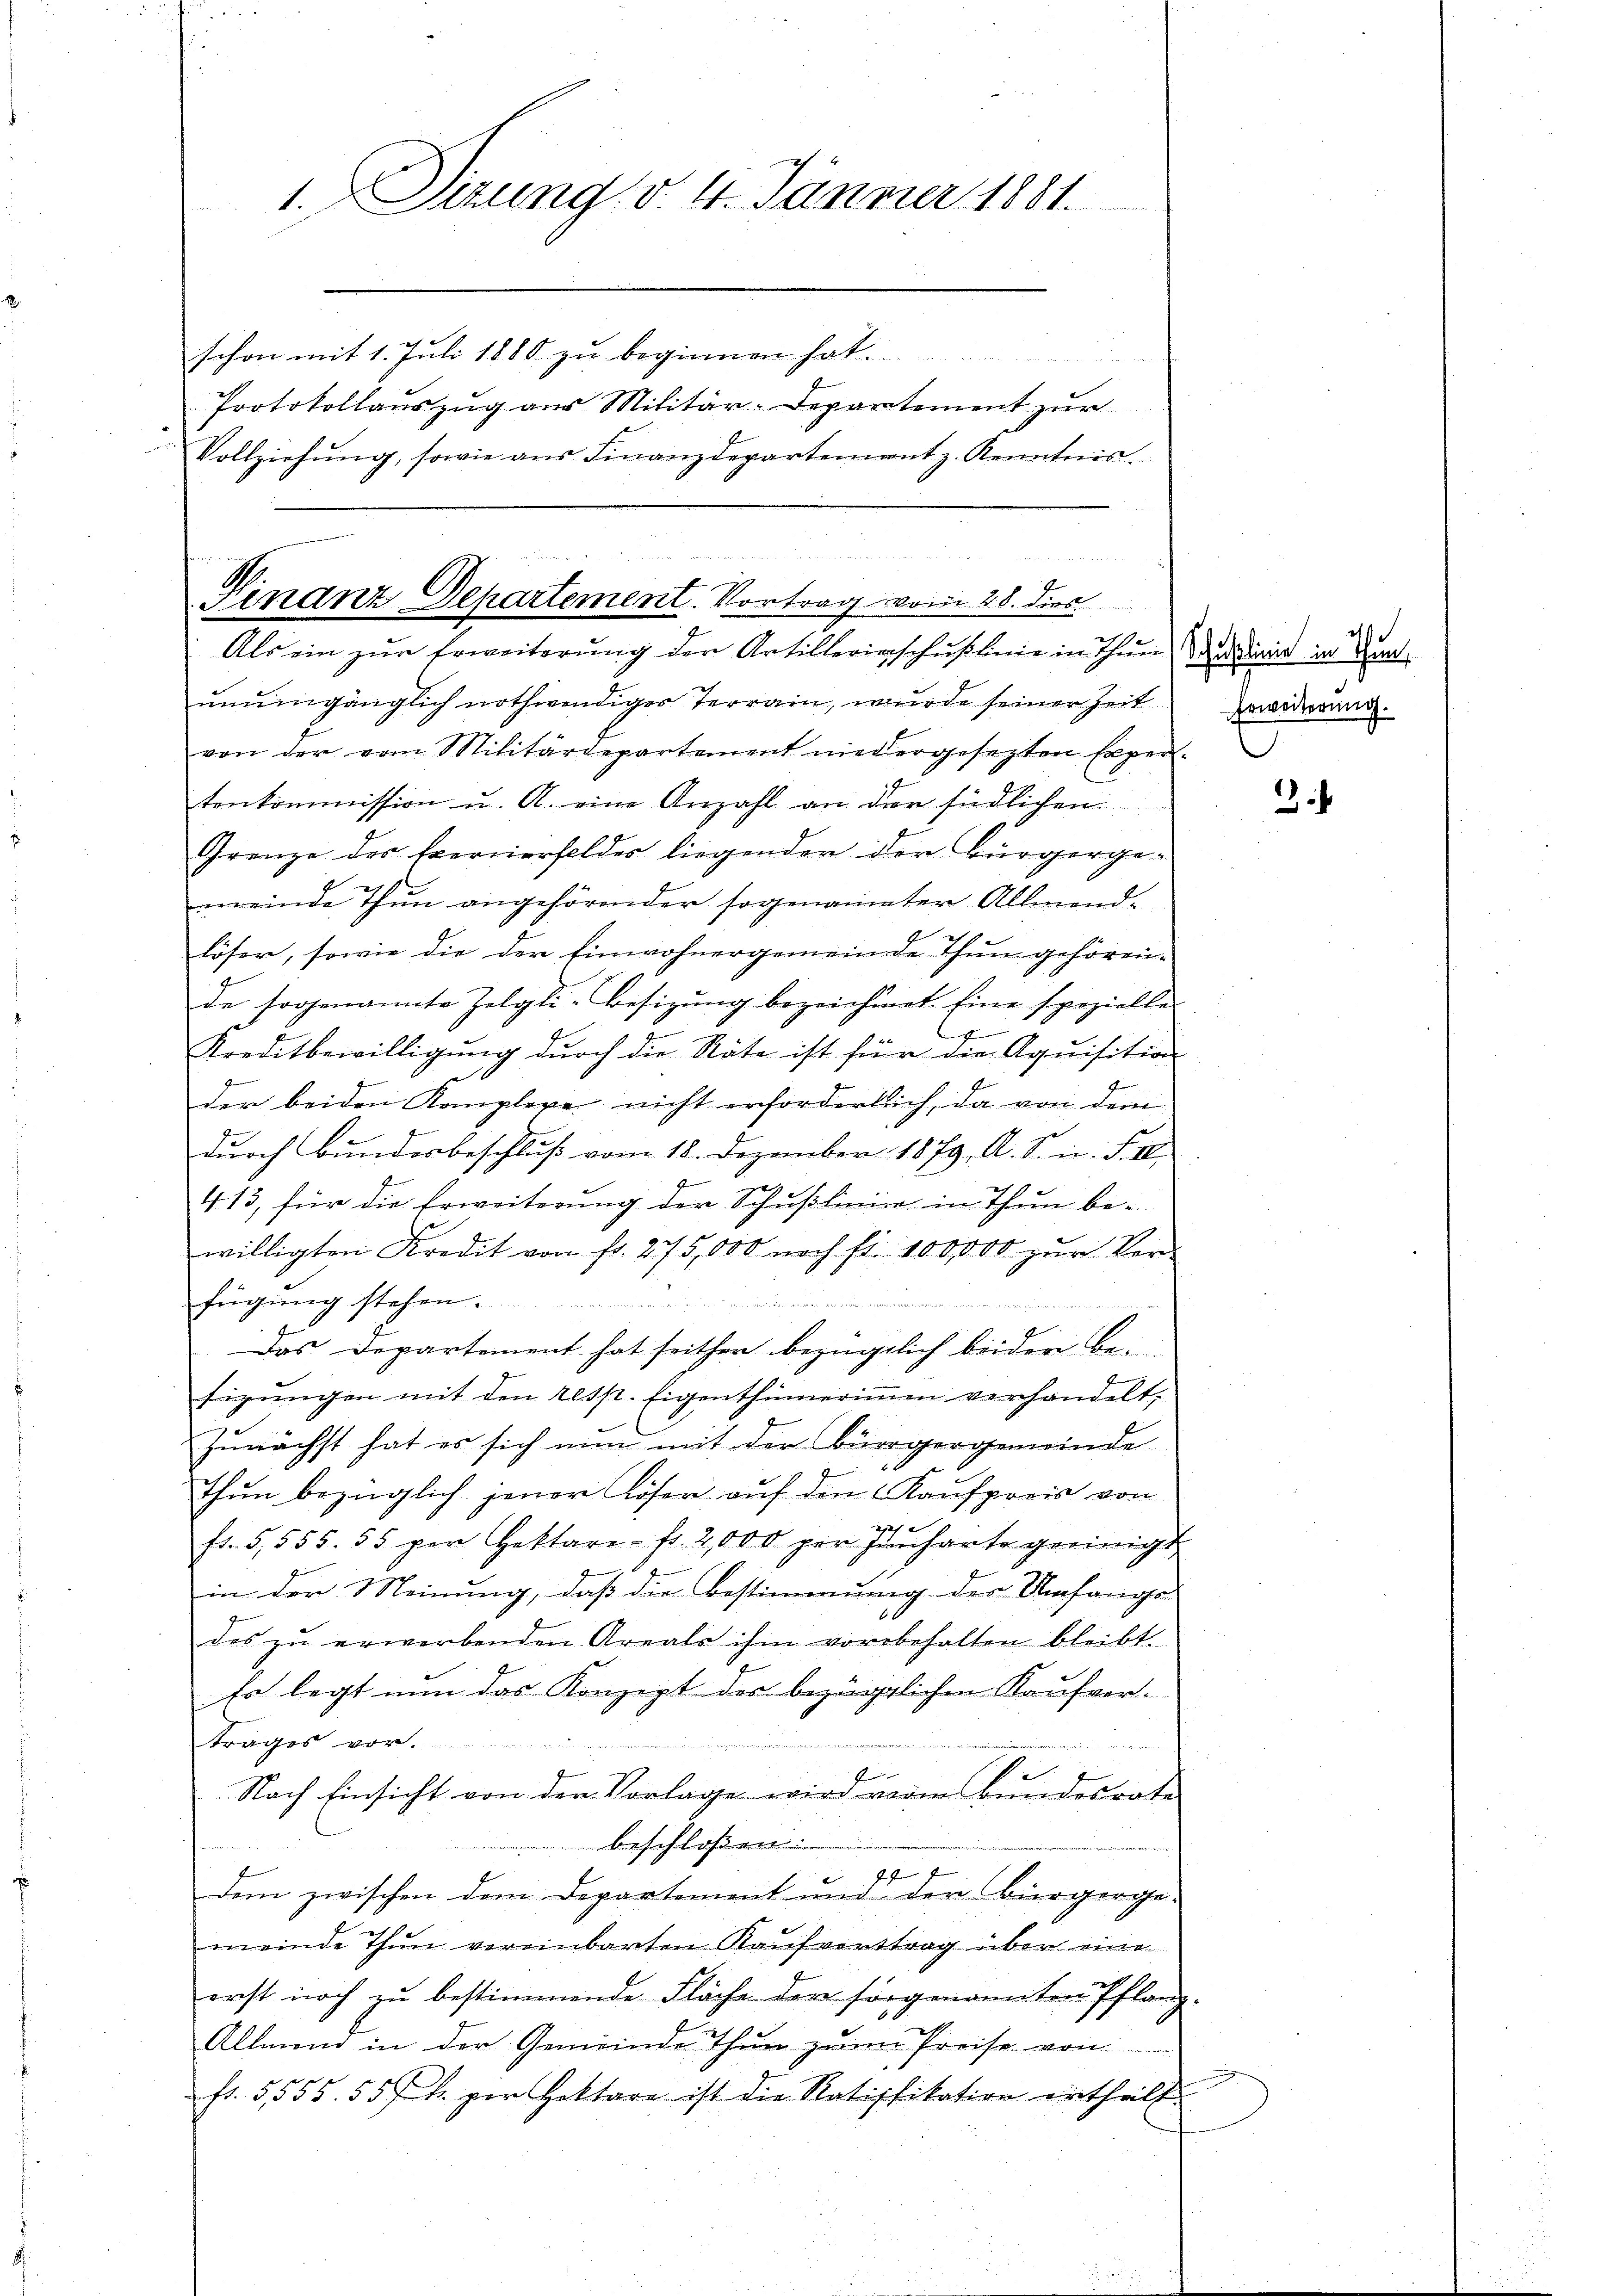
1. Sizung v. 4. Jänner 1881.
schon mit 1. Juli 1888. zu beginnen hat.
Protokollauszug aus Militär-Departement zur
Vollziehŭng, sowie aus Finanzdepartement z. Kenntnis.

s

e
E
Finanz-Departement. Vortrag vom 28. dies
Als ein zŭr Erweiterŭng der Artillerierschŭβlinie in Thun dinie in Kant

unumgänglich nothwendiges Terrain, wurde seiner Zeit
von der vom Militärdepartement niedergesezten Expertenkommission u. A. eine Anzahl an der südlichen
Grenze der Eernerfeldes liegenden der Bürgergemeinde Thun angehörender sogenannter Allmend-
löser, sowie die der Einwohnergemeinde Thun gehörende sogenannte Zelgli-Besizŭng bezeichnet. Eine spezielle
J
Kreditbewilligŭng dŭrch die Räte ist für die Aqŭisition
n
der beiden Komplexe nicht erfordertlich, da von dem
durch Bundesbeschluß vom 18. Dezember 1879, A. S. in. F. III
413, für die Erweiterung der Schußlinie in Thun be-
willigten Kredit von fr. 275,000 noch fl. 100,000 zŭr Verfügung stehen.
Renne

Das Departement hat seither bezüglich beider Be-
fizŭngen mit den resp. Eigenthümeriṁen verhandelt,
Zunächst hat es sich nun mit der Bürgergemeinde
thun bezüglich jener Löser auf den Kaufpreis von
12f 0
ft. 5,555. 55 per Gektare fr. 2,000 per Jucharte geeinigt
in der Meinung, daß die Bestimmung der Umfangs-
das zŭ erwerbenden Areals ihm vorbehalten bleibt.
Es legt nun das Konzept der bezüglichen Kaŭfver-
trages vor.
f
Nach Einsicht von der Vorlage wird vom Bundesrate
beschloßen:
dem zwischen dem Departement und der Bürgerge-
meinde Thun vereinbarten Kaufvertrag über eine
erst noch zŭ bestimmende Fläche der sorgenannten Pflanz-
Allmend in der Gemeinde Thun zum Preise von
e |
fr. 5333. 557 k. per Hektare ist die Ratifikation ertheilt.

Erweiterung.

3